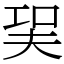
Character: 㠬